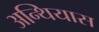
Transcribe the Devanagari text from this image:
अन्थियास